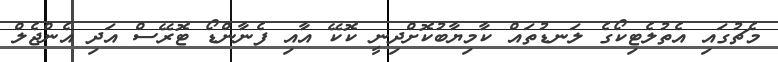
މެޗުގައި އެތުލެޓިކޯގެ ލަނޑުތައް ކާމިޔާބުކޮށްދިނީ ކޮކޭ އާއި ފެނާންޑޯ ޓޮރޭސް އަދި އެންޖެލް